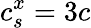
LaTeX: c_{s}^{x}=3c